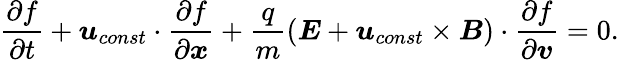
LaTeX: \frac{\partial f}{\partial t}+\boldsymbol{u}_{const}\cdot\frac{\partial f}{\partial\boldsymbol{x}}+\frac{q}{m}(\boldsymbol{E}+\boldsymbol{u}_{const}\times\boldsymbol{B})\cdot\frac{\partial f}{\partial\boldsymbol{v}}=0.